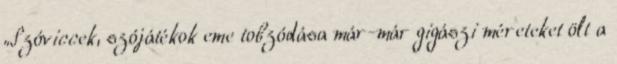
„Szóviccek, szójátékok eme tobzódása már-már gigászi méreteket ölt a